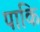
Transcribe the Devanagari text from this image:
पाकि